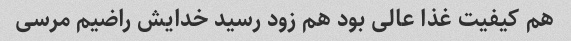
هم کیفیت غذا عالی بود هم زود رسید خدایش راضیم مرسی